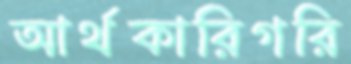
আর্থকারিগরি